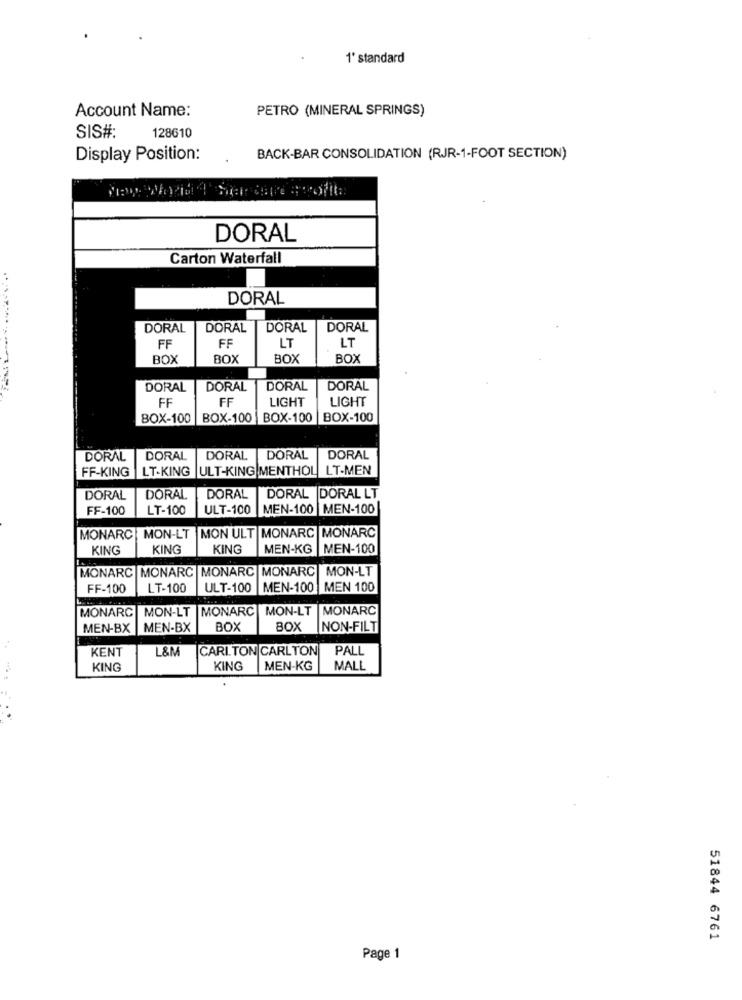
1' standard
Account Name:
PETRO (MINERAL SPRINGS)
SIS#
128610
Display Position:
BACK-BAR CONSOLIDATION (RJR-1-FOOT SECTION)
DORAL
Carton Waterfall
DORAL
DORAL
DORAL
DORAL
DORAL
LT
FF
FF
LT
BOX
BOX
BOX
BOX
DORAL
DORAL
DORAL
DORAL
FF
LIGHT
LIGHT
FF
BOX-100
BOX-100
BOX-100 |BOX-100
DORAL
DORAL
DORAL DORAL
DORAL
FF-KING |LT-KING ULT-KING MENTHOL LT-MEN
DORAL
DORAL
DORAL
DORAL DORAL LT
FF-100
LT-100
ULT-100
MEN-100 MEN-100
MONARC MON-LT MON ULT MONARC MONARC
KING
KING
KING
MEN-KG |MEN-100
MONARC MONARC MONARC MONARC MON-LT
FF-100
LT-100
ULT-100 MEN-100 MEN 100
MONARC MON-LT MONARC MON-LT |MONARC
MEN-BX
MEN-BX
BOX
BOX
NON-FILT
KENT
L&M
CARLTON CARLTON PALL
KING
KING
MEN-KG
MALL
51844 6761
Page 1